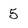
Character: 5